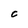
Character: 0